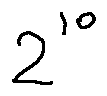
2 ^ { 1 0 }